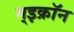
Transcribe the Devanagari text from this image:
म्इक्रॉन